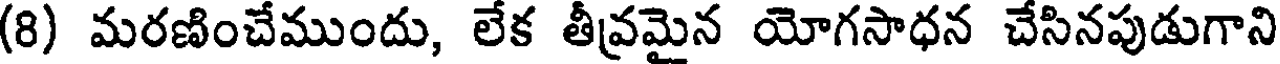
(8) మరణించేముందు, లేక తీవ్రమైన యోగసాధన చేసినపుడుగాని